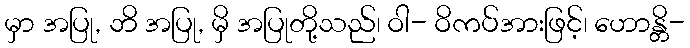
မှာ အပြု, ဘိ အပြု, မှိ အပြုတို့သည်၊ ဝါ- ဝိကပ်အားဖြင့်၊ ဟောန္တိ-